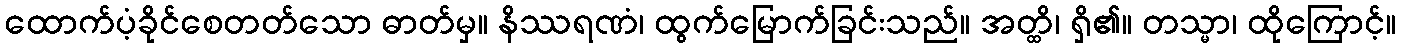
ထောက်ပံ့ခိုင်စေတတ်သော ဓာတ်မှ။ နိဿရဏံ၊ ထွက်မြောက်ခြင်းသည်။ အတ္ထိ၊ ရှိ၏။ တသ္မာ၊ ထိုကြောင့်။